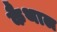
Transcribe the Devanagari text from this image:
कैथाल